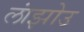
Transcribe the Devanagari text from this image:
लांझोउ